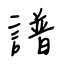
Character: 譜